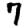
Digit: 7